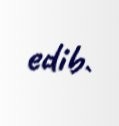
edib.